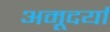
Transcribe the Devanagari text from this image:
अमूदर्या